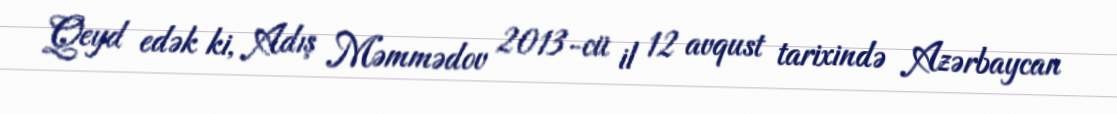
Qeyd edək ki, Adış Məmmədov 2013-cü il 12 avqust tarixində Azərbaycan